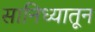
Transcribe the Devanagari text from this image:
सानिध्यातून